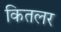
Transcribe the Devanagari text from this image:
कितलर